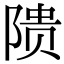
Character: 𬯎